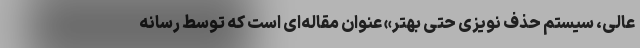
عالی، سیستم حذف نویزی حتی بهتر» عنوان مقاله‌ای است که توسط رسانه